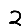
Digit: 2